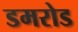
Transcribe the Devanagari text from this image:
डमरोड